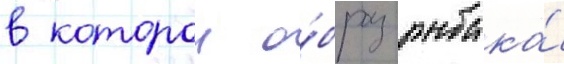
в которои о́браз рыбака́